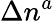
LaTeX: \Delta n^{a}